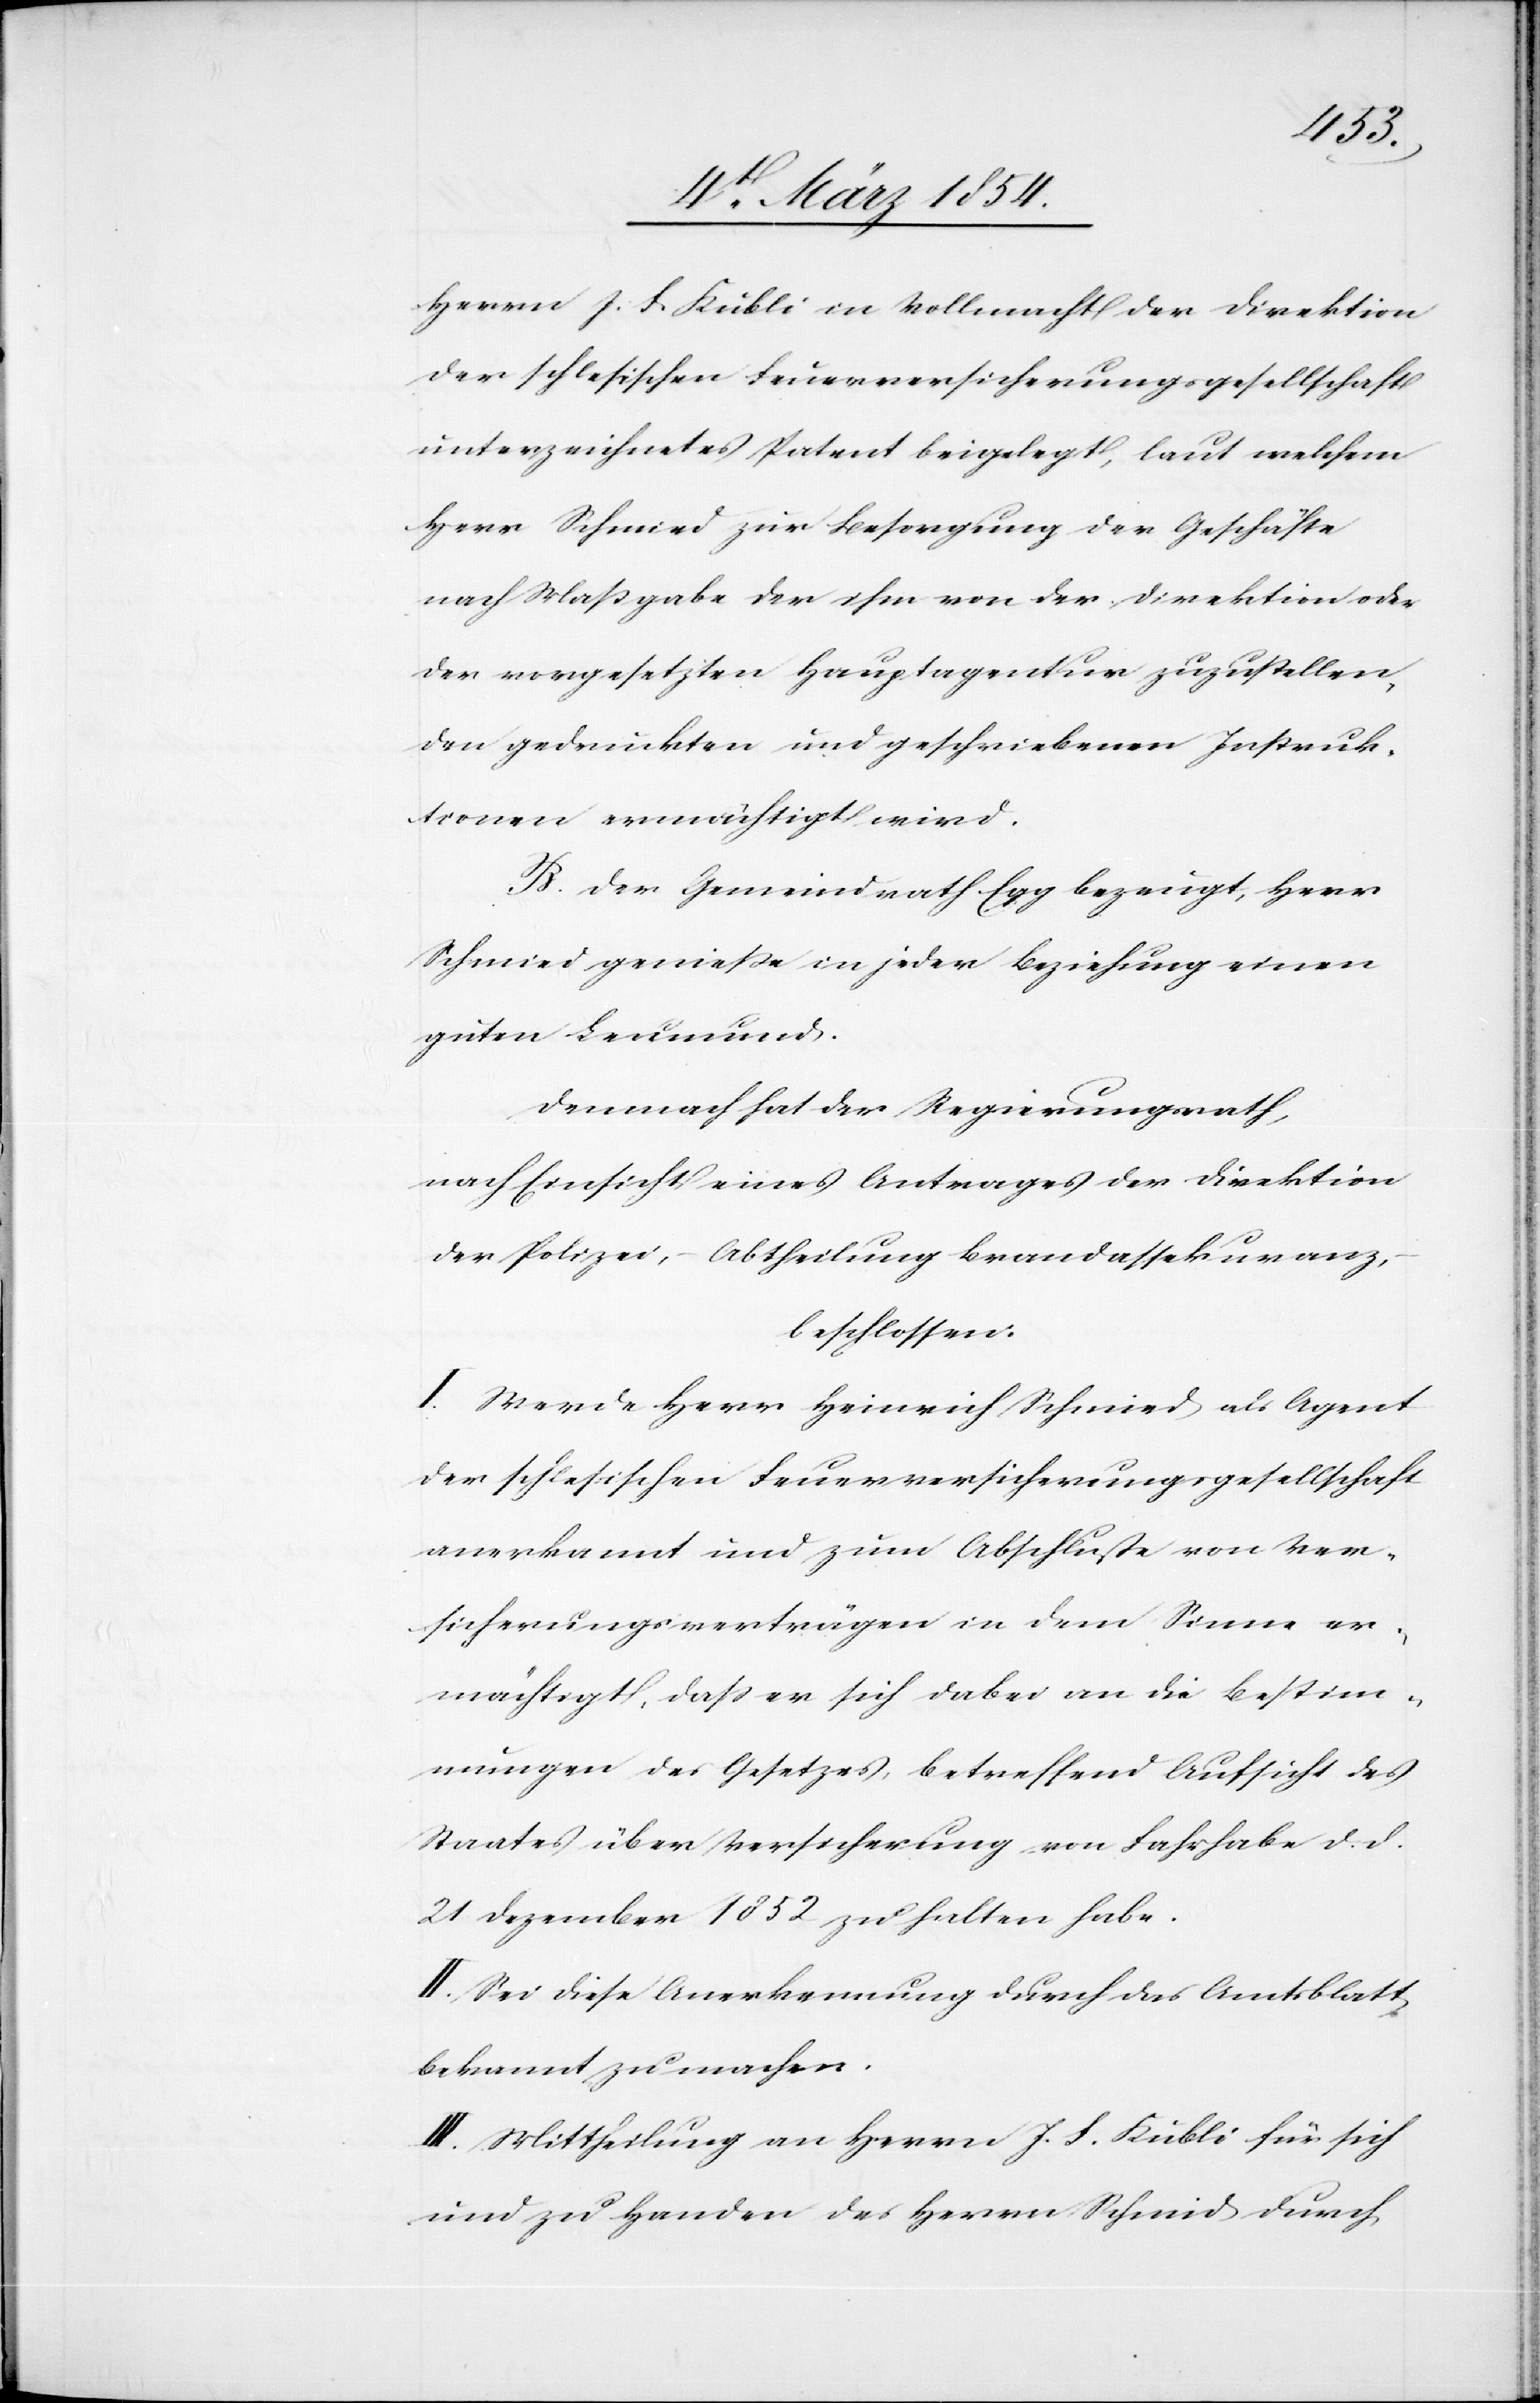
Herrn J. F. Kubli in Vollmacht der Direktion
der schlesischen Feuerversicherungsgesellschaft
unterzeichnetes Patent beigelegt, laut welchem
Herr Schmied [sic!] zur Besorgung der Geschäfte
nach Maßgabe der ihm von der Direktion oder
der vorgesetzten Hauptagentur zuzustellen,
den gedruckten und geschriebenen Instruk¬
tionen ermächtigt wird.
B. Der Gemeindrath Egg bezeugt, Herr
Schmied genieße in jeder Beziehung einen
guten Leumund.
Demnach hat der Regierungsrath,
nach Einsicht eines Antrages der Direktion
der Polizei, – Abtheilung Brandassekuranz,
beschlossen:
I. Werde Herr Heinrich Schmied als Agent
der schlesischen Feuerversicherungsgesellschaft
anerkannt und zum Abschluße von Ver¬
sicherungsverträgen in dem Sinne er¬
mächtigt, daß er sich dabei an die Bestim¬
mungen des Gesetzes, betreffend Aufsicht des
Staates über Versicherung von Fahrhabe d. d.
21 Dezember 1852 zu halten habe.
II. Sei diese Anerkennung durch das Amtsblatt
bekannt zu machen.
III. Mittheilung an Herrn J. F. Kubli für sich
und zu Handen des Herrn Schmid durch